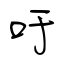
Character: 吁